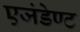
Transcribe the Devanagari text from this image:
एजंडेण्ट